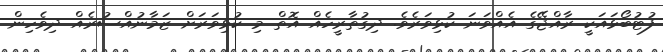
ފުޓުބޯޅައަކީ ރާއްޖޭގެ އެއްވަނަ ކުޅިވަރެވެ. ދިގުތާރީހެއް އޮތް މި ކުޅިވަރަށް ޒަމާނުއްސުރެއް ދިވެހިން